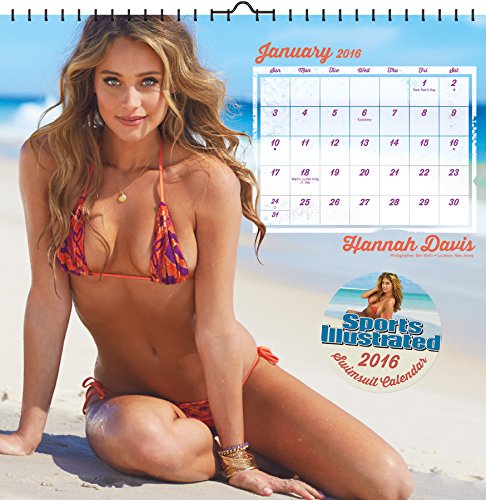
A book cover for Sports Illustrated Swimsuit 2016 Art Calendar; Trends International; Calendars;